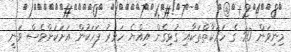
މިނިވަން 50 ގެ ހަރަކާތްތަކާއި ގުޅިގެން އިއްޔެ ހަވީރު ފަހަކުން އަށަކަށްވެސް ވަނީ